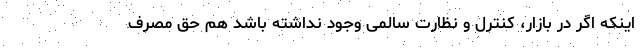
اینکه اگر در بازار، کنترل و نظارت سالمی وجود نداشته باشد هم حق مصرف